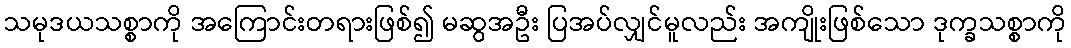
သမုဒယသစ္စာကို အကြောင်းတရားဖြစ်၍ မဆွအဦး ပြအပ်လျှင်မူလည်း အကျိုးဖြစ်သော ဒုက္ခသစ္စာကို